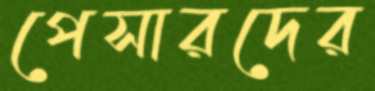
পেসারদের